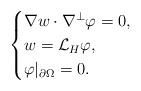
LaTeX: \begin{align*}\begin{cases}\nabla w\cdot \nabla^\perp\varphi=0,\\w=\mathcal{L}_H\varphi,\\ \varphi|_{\partial \Omega}=0.\end{cases}\end{align*}